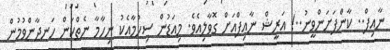
ނާއިފް.. ކާންފަށަންވީނު..! އަރީޝް ނާއިފްއަށް ގޮވާލިއެވެ. މިއަޑުން ސިހުމާއެކު ނިހާމާ ނެތްކަން ހަނދާންވުމުން